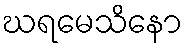
ဃရမေသိနော